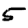
Digit: 5